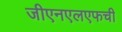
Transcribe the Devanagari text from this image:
जीएनएलएफची